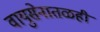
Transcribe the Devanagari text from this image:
वायुसेनातळही